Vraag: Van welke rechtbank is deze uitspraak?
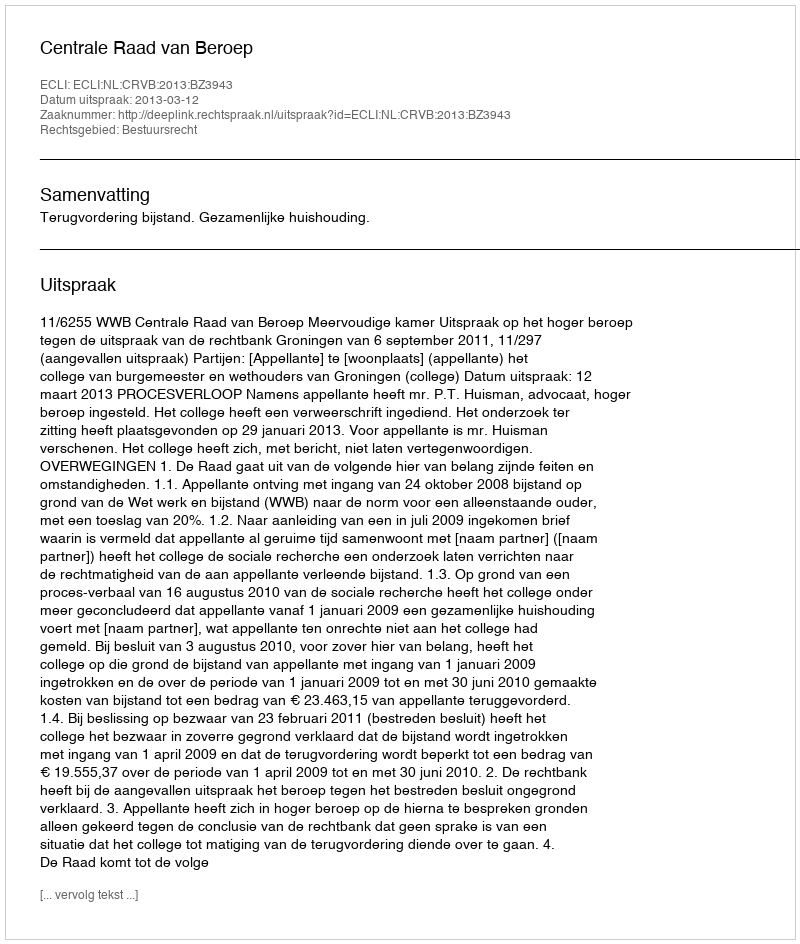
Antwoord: Centrale Raad van Beroep